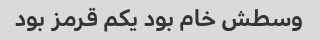
وسطش خام بود یکم قرمز بود